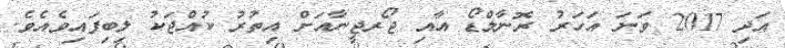
އަދި 2017 ވަނަ އަހަރު ރޮނާލްޑޯ އާއި ޖޯރޖީނާއަށް އިތުރު ކުއްޖަކު ލިބިފައިވެއެވެ.